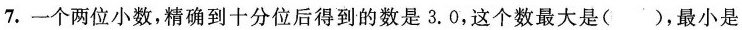
7.一个两位小数，精确到十分位后得到的数是3.0，这个数最大是( )，最小是